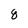
Character: 8